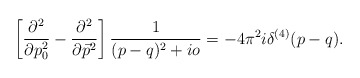
\begin{align*}\left[\frac{\partial^2}{\partial p_0^2}-\frac{\partial^2}{\partial\vec p^2} \right]\frac{1}{(p-q)^2+io} = -4\pi^2i\delta^{(4)}(p-q). \end{align*}